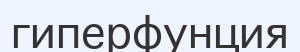
гиперфунция